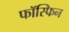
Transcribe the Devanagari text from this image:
फॉस्फिन